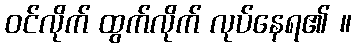
ဝင်လိုက် ထွက်လိုက် လုပ်နေရ၏ ။